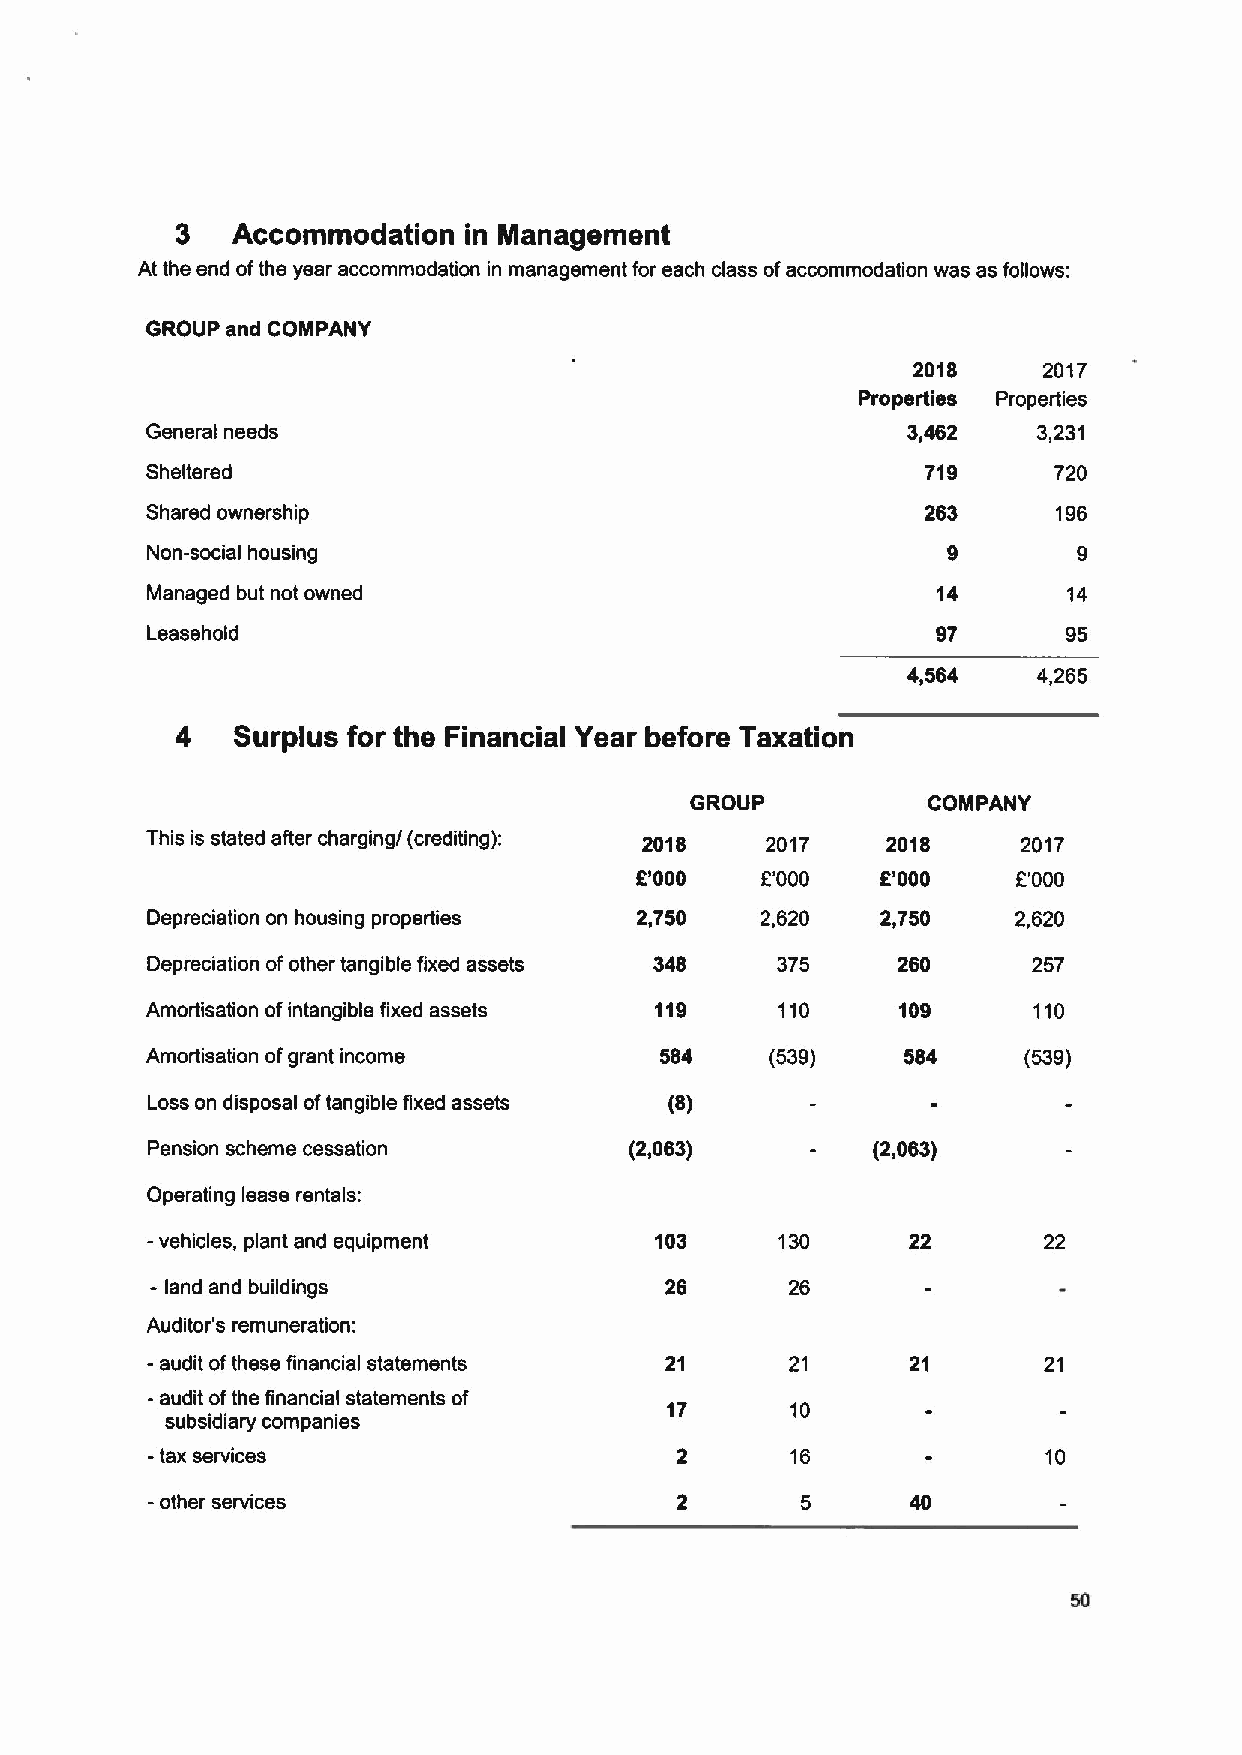
3  Accommodation   in Management
 At the end ofthe year accommodation in management for each class ofaccommodation was as follows:
 GROUP and COMPANY
 2018     2017
 Properties Properties
 General needs                                     3,462    3,231
 Sheltered                                          719      720
 Shared ownership                                   263      196
 Non-social housing
 Managed but not owned                               14       14
 Leasehold                                           97       95
 4,564    4,265
 4  Surplus for the Financial Year before Taxation
 GROUP          COMPANY
 This is stated after charging/ (crediting): 2018 2017 2018 2017
 8'000   E'000   f'000    E'000
 Depreciation on housing properties 2,750 2,620  2,750    2,620
 Depreciation ofother tangible fixed assets 348 375 260    257
 Amortisation ofintangible fixed assets 119 110    109     110
 Amortisation ofgrant income       584    (539)    584     (539)
 Loss on disposal oftangible fixed assets (8)
 Pension scheme cessation        (2,063)         (2,063)
 Operating lease rentals:
 -vehicles, plant and equipment   103      130     22       22
 -
 land and buildings               26      26
 Auditor's remuneration:
 -audit ofthese financial statements 21    21      21       21
 -audit ofthe financial statements of
 17      10
 subsidiary companies
 -tax services                             16               10
 -other services